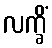
လက္ခိံ